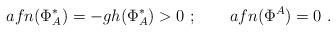
LaTeX: \begin{align*}afn(\Phi ^*_A)=-gh(\Phi ^*_A) >0 \ ;\qquad afn(\Phi ^A)=0\ .\end{align*}